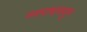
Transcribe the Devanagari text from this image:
नवपाषाणयुग